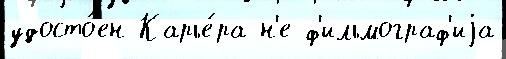
удосто́ен Карье́ра н'е ф'ильмограф'иjа